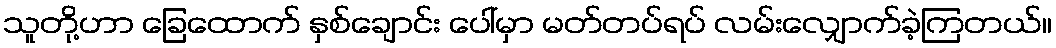
သူတို့ဟာ ခြေထောက် နှစ်ချောင်း ပေါ်မှာ မတ်တပ်ရပ် လမ်းလျှောက်ခဲ့ကြတယ်။